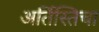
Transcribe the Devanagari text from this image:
अर्तिस्तिचा